Indian Medical Review
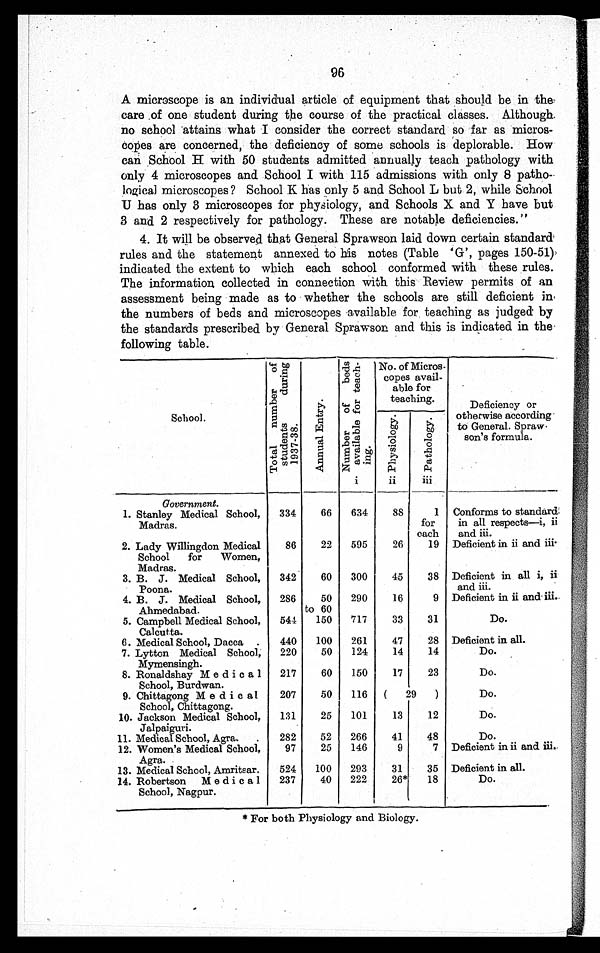
96
A microscope is an individual article of equipment that should be in the
care of one student during the course of the practical classes. Although
no school attains what I consider the correct standard so far as micros
-
copes are concerned, the deficiency of some schools is deplorable. How
c a n S c h o o l H w i t h 5 0 s t u d e n t s a d m i t t e d a n n u a l l y t e a c h p a t h o l o g y w i t h
only 4 microscopes and School I with 115 admissions with only 8 patho
-
logical microscopes? School K has only 5 and School L but 2, while School
U has only 3 microscopes for physiology, and Schools X and Y have but
3 and 2 respectively for pathology. These are notable deficiencies."
4. It will be observed that General Sprawson laid down certain standard
rules and the statement annexed to his notes (Table 'G', pages 150-51)
indicated the extent to which each school conformed with these rules.
The information collected in connection with this Review permits of an
assessment being made as to whether the schools are still deficient in
the numbers of beds and microscopes available for teaching as judged by
the standards prescribed by General Sprawson and this is indicated in the
following table.
School.
To t a l n u mb e r o f s t u d e n t s d u r i n g 1 9 3 7 - 3 8 .
Annual Entry.
Nu mb e r o f b e d s a v a i l a b l e f o r t e a c h - i n g .
No. of Micros-
copes avail-
able for
teaching.
Deficiency or
otherwise according
to General. Spraw
son's formula.
Physi ol ogy.
Pat hol ogy.
i ii iii
Government.
1. Stanley Medical School,
Madras.
334
66
634
88
1
for
each
Conforms to standard
in all respects—i, ii
and iii.
2. Lady Willingdon Medical
School for Women,
Madras.
86
22
595
26
19 Deficient in ii and iii
.
3. B. J. Medical School,
Poona.
342
60
300
45
38 Deficient in all i, ii
and iii.
4. B. J. Medical School,
Ahmedabad.
286
50
to 60
290
16
9 Deficient in ii and iii.
5. Campbell Medical School,
Calcutta.
544
150
717
33
31
Do.
6. Medical School, Dacca.
440
100
261
47
28 Deficient in all.
7. Lytton Medical School,
Mymensingh.
220
50
124
14
14
Do.
8. Ronaldshay Med i ca
l School, Burdwan.
217
60
150
17
23
Do.
9. Chittagong Med i cal
School, Chittagong.
207
50
116
(
29
)
Do.
10. Jackson Medical School,
Jalpaiguri.
131
25
101
13
12
Do.
11. Medical School, Agra.
282
52
266
41
48
Do.
12. Women's Medical School,
Agra.
97
25
146
9
7
Deficient in ii and iii.
13. Medical School, Amritsar.
524
100
293
31
35 Deficient in all.
14. Robertson Medical
School, Nagpur.
237
40
222
26*
18
Do.
* For both Physiology and Biology.